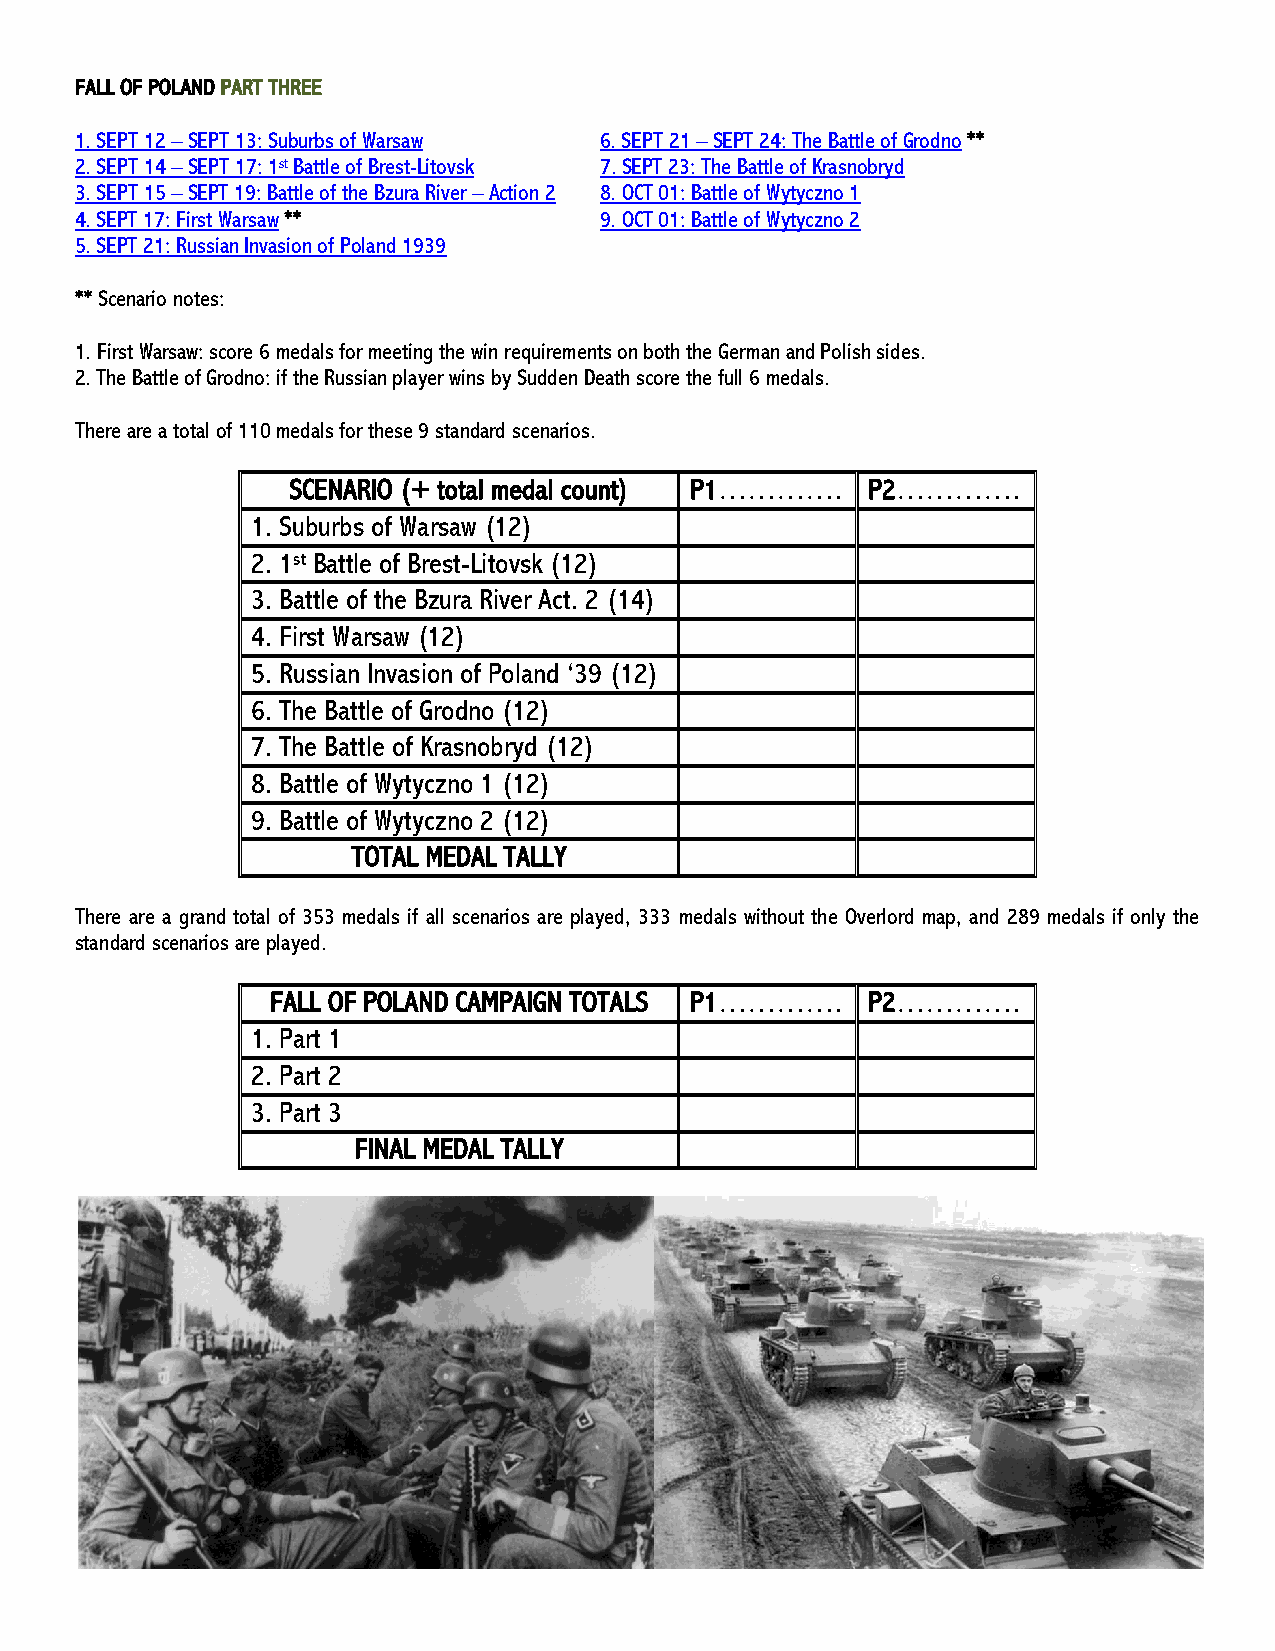
FALL OF POLAND PART THREE
 1. SEPT 12 – SEPT 13: Suburbs of Warsaw 6. SEPT 21 – SEPT 24: The Battle of Grodno **
 2. SEPT 14 – SEPT 17: 1st Battle of Brest-Litovsk 7. SEPT 23: The Battle of Krasnobryd
 3. SEPT 15 – SEPT 19: Battle of the Bzura River – Action 2 8. OCT 01: Battle of Wytyczno 1
 4. SEPT 17: First Warsaw **        9. OCT 01: Battle of Wytyczno 2
 5. SEPT 21: Russian Invasion of Poland 1939
 ** Scenario notes:
 1. First Warsaw: score 6 medals for meeting the win requirements on both the German and Polish sides.
 2. The Battle of Grodno: if the Russian player wins by Sudden Death score the full 6 medals.
 There are a total of 110 medals for these 9 standard scenarios.
 SCENARIO (+ total medal count) P1…………. P2………….
 1. Suburbs of Warsaw (12)
 2. 1st Battle of Brest-Litovsk (12)
 3. Battle of the Bzura River Act. 2 (14)
 4. First Warsaw (12)
 5. Russian Invasion of Poland ‘39 (12)
 6. The Battle of Grodno (12)
 7. The Battle of Krasnobryd (12)
 8. Battle of Wytyczno 1 (12)
 9. Battle of Wytyczno 2 (12)
 TOTAL MEDAL TALLY
 There are a grand total of 353 medals if all scenarios are played, 333 medals without the Overlord map, and 289 medals if only the
 standard scenarios are played.
 FALL OF POLAND CAMPAIGN TOTALS P1…………. P2………….
 1. Part 1
 2. Part 2
 3. Part 3
 FINAL MEDAL TALLY